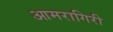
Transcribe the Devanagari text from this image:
आमरागिरी